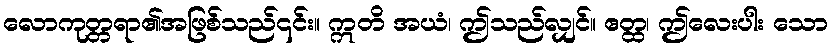
လောကုတ္တရာ၏အဖြစ်သည်၎င်း။ ဣတိ အယံ၊ ဤသည်လျှင်။ ဧတ္ထ၊ ဤလေးပါး သော